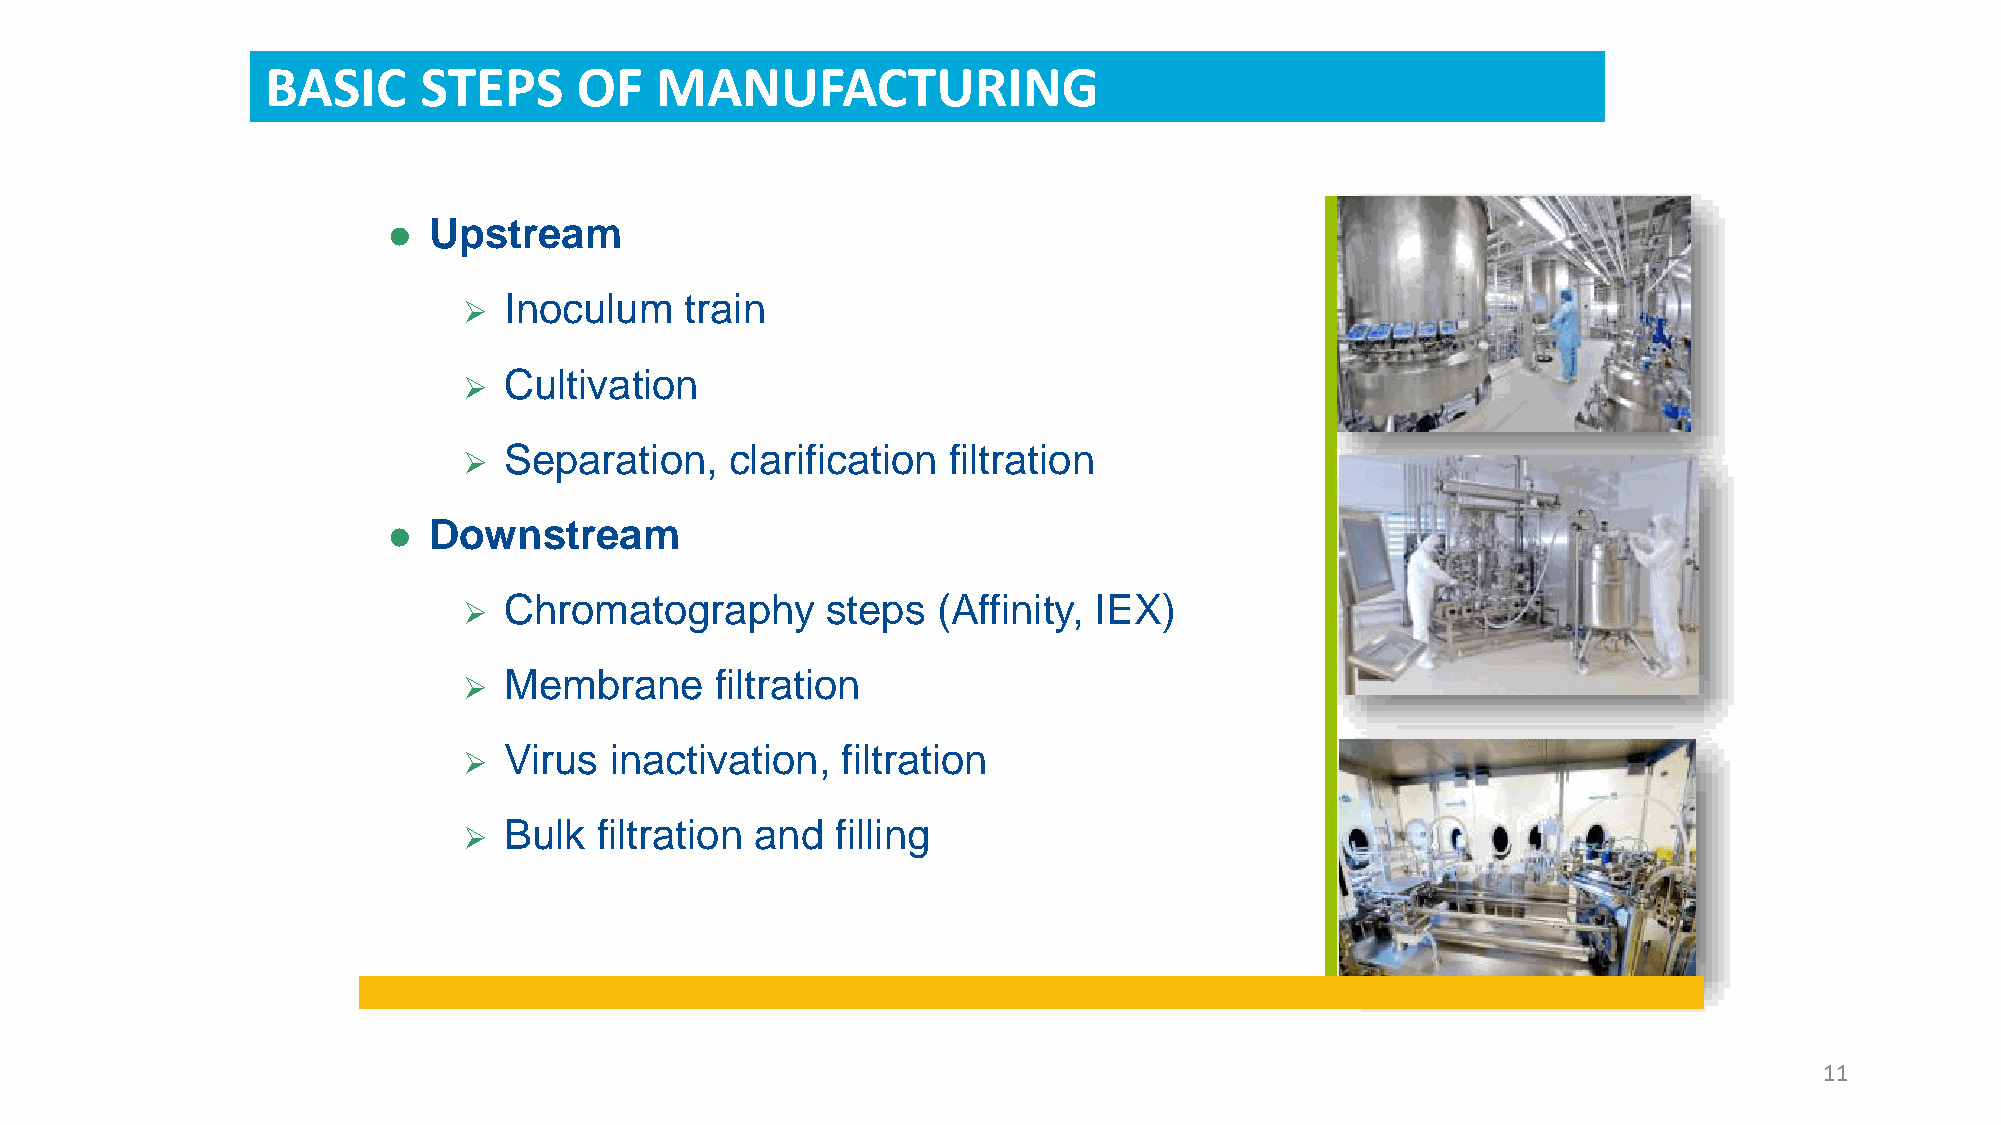
BASIC     STEPS     OF   MANUFACTURING
 Upstream
 
 Inoculum    train
 
 Cultivation
 
 Separation,    clarification  filtration
 
 Downstream
 
 Chromatography        steps  (Affinity, IEX)
 
 Membrane      filtration
 
 Virus  inactivation,   filtration
 
 Bulk  filtration and  filling
 
 11